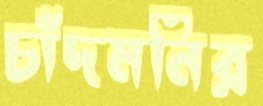
চাঁদমনির